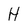
Character: H